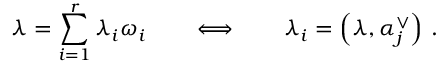
\lambda = \sum _ { i = 1 } ^ { r } \lambda _ { i } \omega _ { i } \qquad \Longleftrightarrow \qquad \lambda _ { i } = \left( \lambda , \alpha _ { j } ^ { \vee } \right) \, .